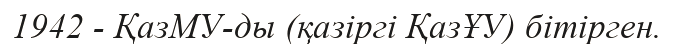
1942 - ҚазМУ-ды (қазіргі ҚазҰУ) бітірген.